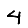
Digit: 4